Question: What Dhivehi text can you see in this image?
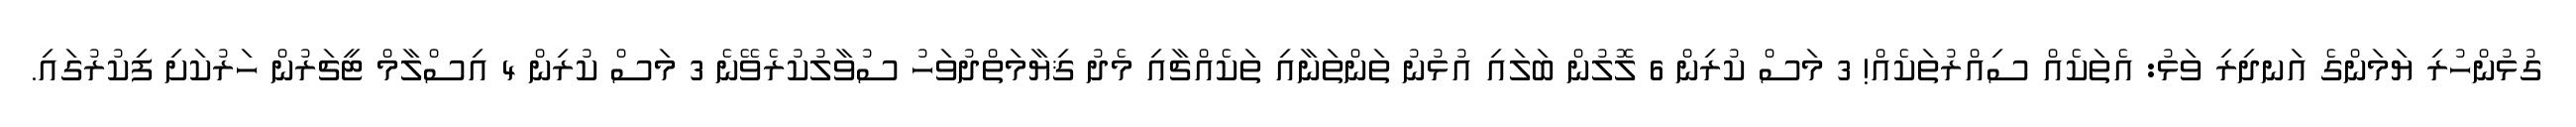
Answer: ގުޅުންހުރި ޔަމަންގެ އަނދިރި ވަޅު: އެތަކެއް ސިއްރުތަކެއް! 3 މަސް ކުރިން 6 ލޮލުން ބަލައި އުޅުނު ތަންތަނާއި ތަކެއްޗާއި މެދު ޤިޔާމަތްދުވަހު ސުވާލުކުރެވޭނެ 3 މަސް ކުރިން 4 އިސްލާމް ޓީޗަރުން ހަރުކަށި ފިކުރުގައި.